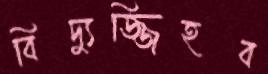
বিদ্যুজ্জিহব